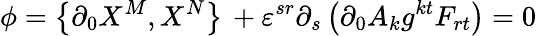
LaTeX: \phi=\left\{ \partial_{0}X^{M},X^{N}\right\} \, +\varepsilon^{sr}\partial_{s}\left(\partial_{0}A_{k}g^{kt}F_{rt}\right)=0